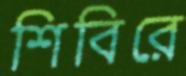
শিবিরে